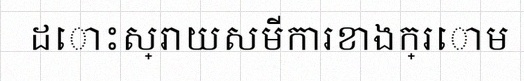
ដោះស្រាយសមីការខាងក្រោម